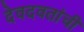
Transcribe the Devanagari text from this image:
देवदवतांची